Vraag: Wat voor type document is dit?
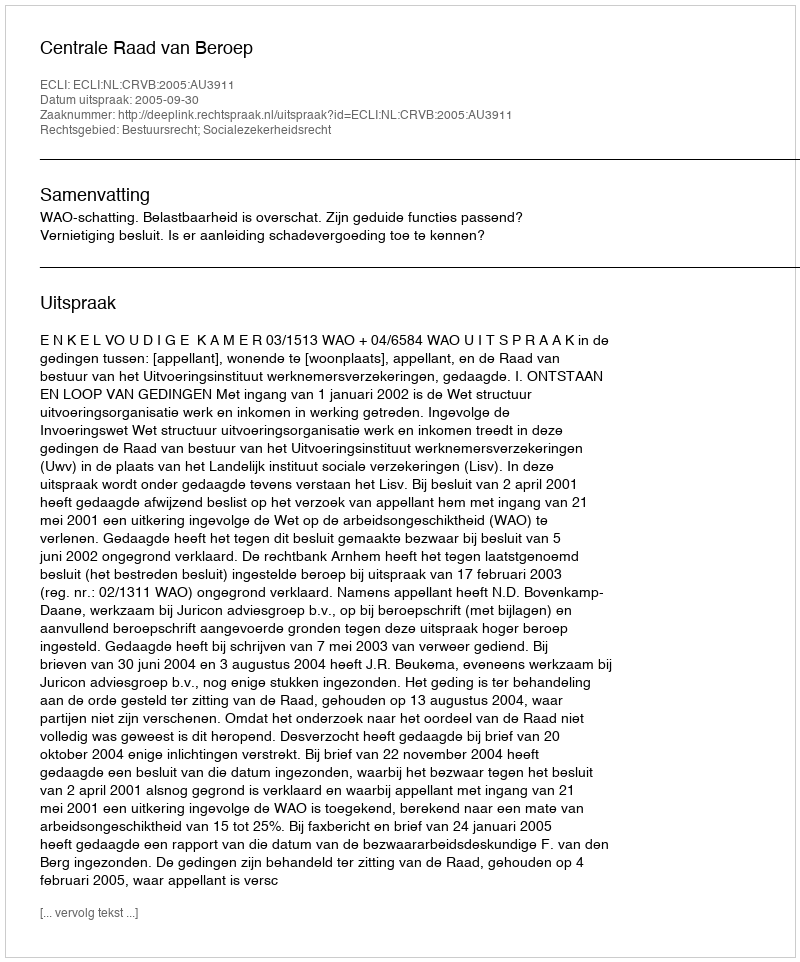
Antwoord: Uitspraak